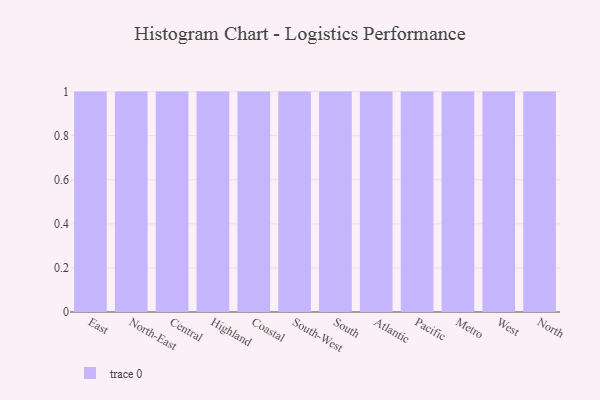
{"axis": {"x": "Region", "y": "Inventory Turnover"}, "legend": [""], "data": [{"x": "East", "y": 83, "type": ""}, {"x": "North-East", "y": 43, "type": ""}, {"x": "Central", "y": 7, "type": ""}, {"x": "Highland", "y": 28, "type": ""}, {"x": "Coastal", "y": 42, "type": ""}, {"x": "South-West", "y": 72, "type": ""}, {"x": "South", "y": 35, "type": ""}, {"x": "Atlantic", "y": 57, "type": ""}, {"x": "Pacific", "y": 30, "type": ""}, {"x": "Metro", "y": 27, "type": ""}, {"x": "West", "y": 42, "type": ""}, {"x": "North", "y": 73, "type": ""}]}